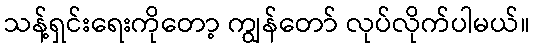
သန့်ရှင်းရေးကိုတော့ ကျွန်တော် လုပ်လိုက်ပါမယ်။